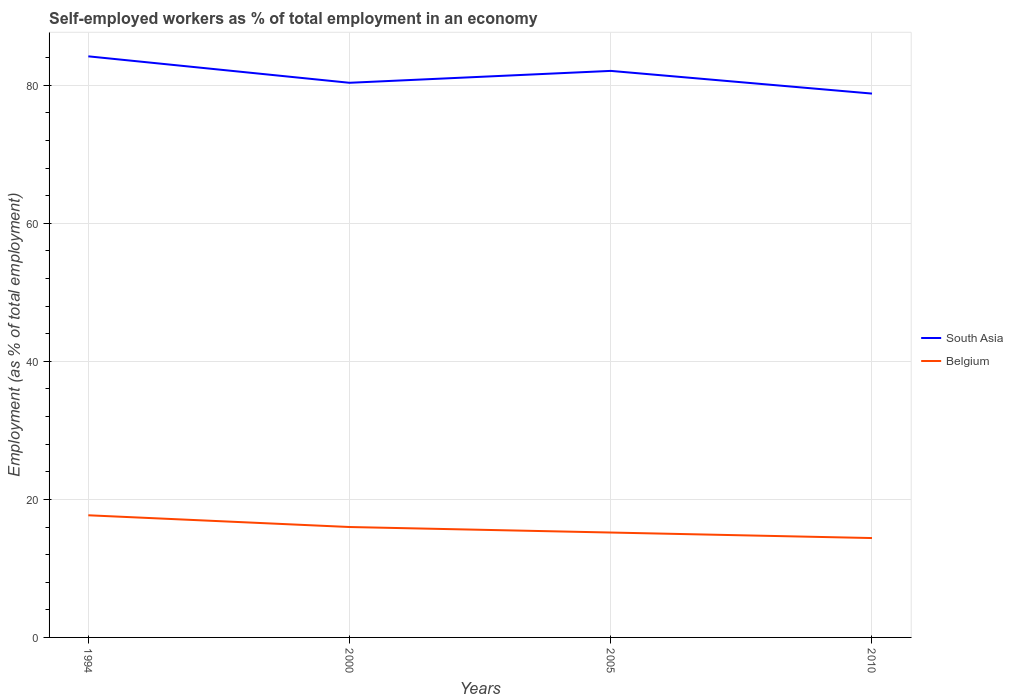
| Years | South Asia | Belgium |
 | --- | --- | --- |
 | 1994 | 84.2 | 17.7 |
 | 2000 | 80.4 | 16 |
 | 2005 | 82.1 | 15.2 |
 | 2010 | 78.8 | 14.4 |